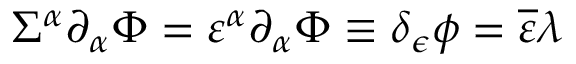
\Sigma ^ { \alpha } \partial _ { \alpha } \Phi = \varepsilon ^ { \alpha } \partial _ { \alpha } { \Phi } \equiv \delta _ { \epsilon } \phi = { \overline { { \varepsilon } } } \lambda